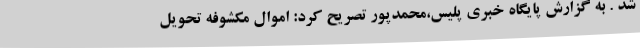
شد . به گزارش پایگاه خبری پلیس،محمدپور تصریح کرد: اموال مکشوفه تحویل